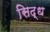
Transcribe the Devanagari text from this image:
सिद्‌ध